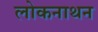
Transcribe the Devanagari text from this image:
लोकनाथन